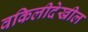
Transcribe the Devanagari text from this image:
वकिलीदेखील